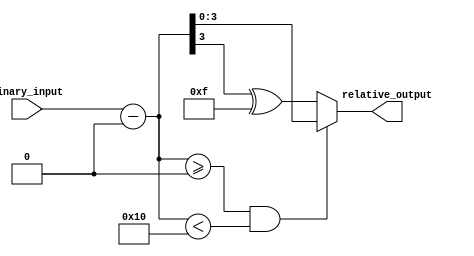
module relative_encoder #(
    parameter N = 4, // Number of bits for binary input
    parameter M = 4  // Number of bits for relative output
)(
    input  [N-1:0] binary_input, // N-bit binary input
    output reg [M-1:0] relative_output // M-bit relative output
);

// Reference point (can be adjusted as needed)
localparam [N-1:0] REFERENCE_POINT = 0;

// Intermediate wire to hold the difference
wire [N:0] difference; // One extra bit for overflow handling

// Calculate the difference
assign difference = binary_input - REFERENCE_POINT;

// Combinational logic for relative output
always @(*) begin
    if (difference >= 0 && difference < (1 << M)) begin
        // If difference is within range, output it directly
        relative_output = difference[M-1:0];
    end else begin
        // Handle wrap-around condition
        relative_output = difference[N-1:M-1] ^ {M{1'b1}}; // Example of a wrap-around using bitwise NOT
    end
end

endmodule